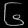
Digit: ၆